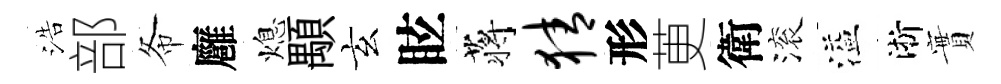
浩部𢁙廱熄顒玄眩蒋猜形茰衛滚溢淅實